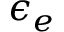
\epsilon _ { e }